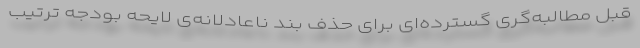
قبل مطالبه‌گری گسترده‌ای برای حذف بند ناعادلانه‌ی لایحه بودجه ترتیب